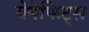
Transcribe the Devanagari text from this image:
बेनेफिट्स